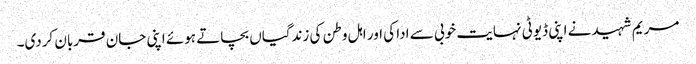
مریم شہید نے اپنی ڈیوٹی نہایت خوبی سے ادا کی اور اہل وطن کی زندگیاں بچاتے ہوئے اپنی جان قربان کردی۔